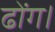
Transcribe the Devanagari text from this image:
ढोंग।